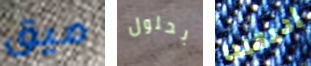
ميق بحلول إنتقلنا